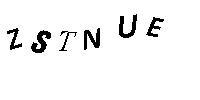
ZSTNUE